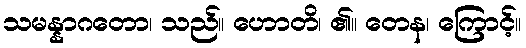
သမန္နာဂတော၊ သည်။ ဟောတိ၊ ၏။ တေန၊ ကြောင့်။